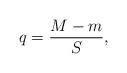
LaTeX: \begin{align*}q=\frac{M-m}{S}, \end{align*}